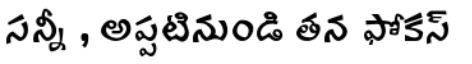
సన్నీ , అప్పటినుండి తన ఫోకస్